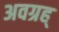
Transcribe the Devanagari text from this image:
अवग्रह्